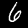
Digit: 6